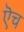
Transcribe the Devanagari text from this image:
ऎच